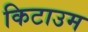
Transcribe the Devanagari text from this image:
किटाउम